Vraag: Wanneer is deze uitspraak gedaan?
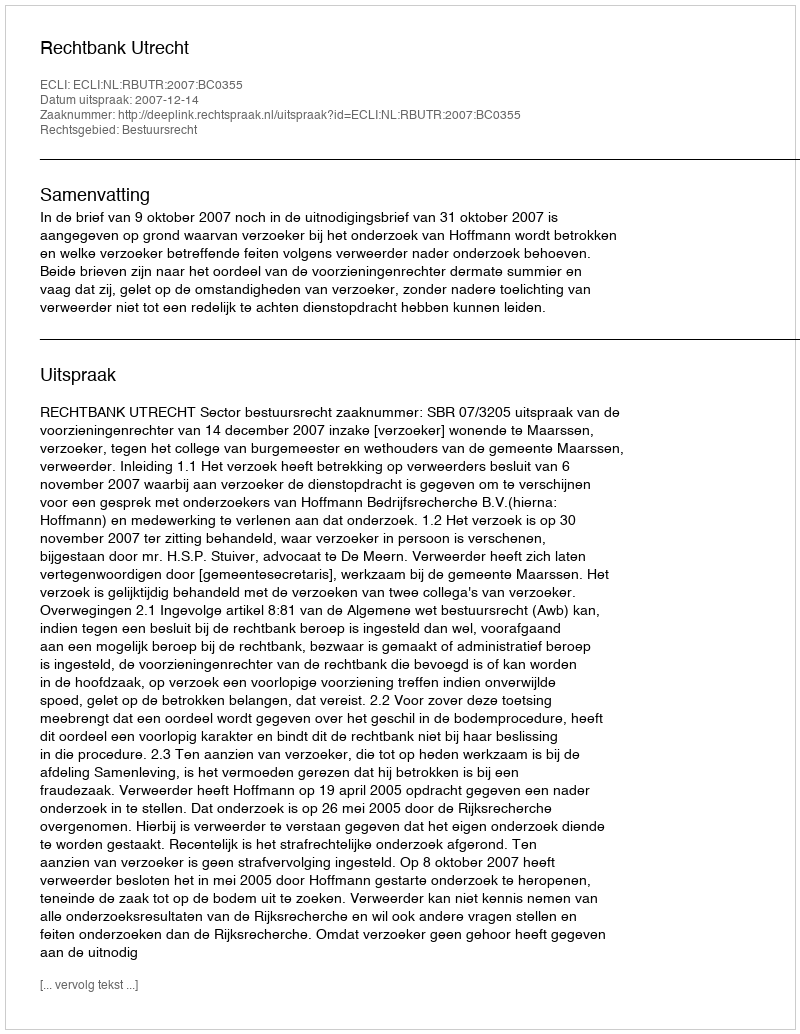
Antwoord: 2007-12-14